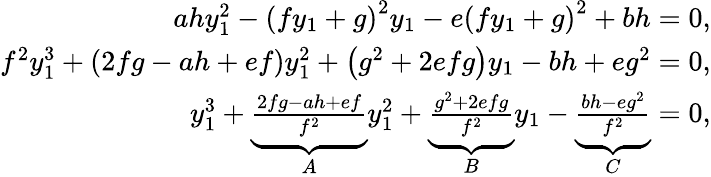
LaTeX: \begin{array}{r}{ahy_{1}^{2}-\left(fy_{1}+g\right)^{2}y_{1}-e\left(fy_{1}+g\right)^{2}+bh=0,}\\ {f^{2}y_{1}^{3}+\left(2fg-ah+ef\right)y_{1}^{2}+\left(g^{2}+2efg\right)y_{1}-bh+eg^{2}=0,}\\ {y_{1}^{3}+\underbrace{\frac{2fg-ah+ef}{f^{2}}}_{A}y_{1}^{2}+\underbrace{\frac{g^{2}+2efg}{f^{2}}}_{B}y_{1}-\underbrace{\frac{bh-eg^{2}}{f^{2}}}_{C}=0,}\end{array}